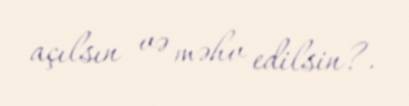
açılsın və məhv edilsin?.